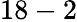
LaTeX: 18-2